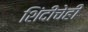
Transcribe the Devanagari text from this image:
शिंदीचेही